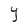
Character: Y